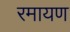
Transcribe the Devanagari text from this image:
रमायण